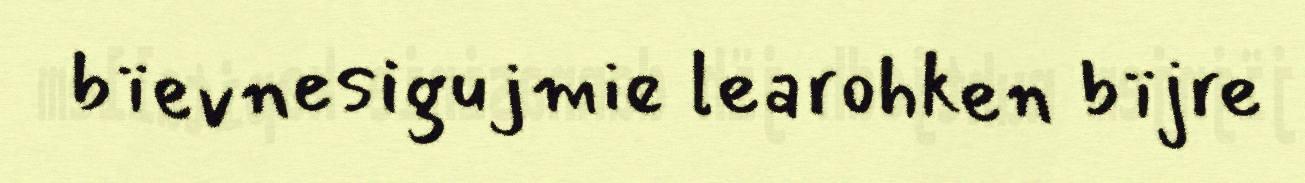
bïevnesigujmie learohken bïjre